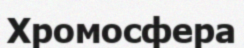
Хромосфера